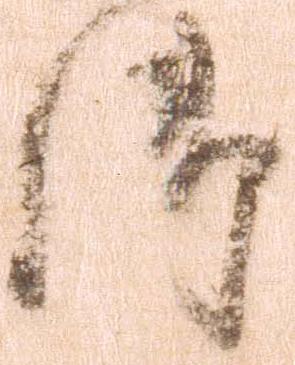
御